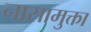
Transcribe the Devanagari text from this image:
नासामुक्ता